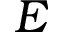
E